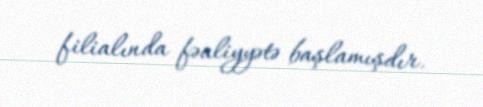
filialında fəaliyyətə başlamışdır.